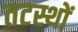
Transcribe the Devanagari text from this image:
तटस्थों